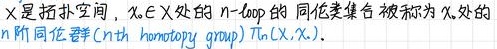
$X$是拓扑空间，$x_0\in X$处的$n$-loop 的同伦类集合被称为$x_0$处的$n$阶同伦群（$n$th homotopy group）$\pi_n(X,x_0)$。